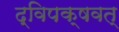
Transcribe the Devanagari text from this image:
द्विपक्षवत्‌